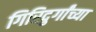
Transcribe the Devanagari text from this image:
गिरिदुर्गांच्या